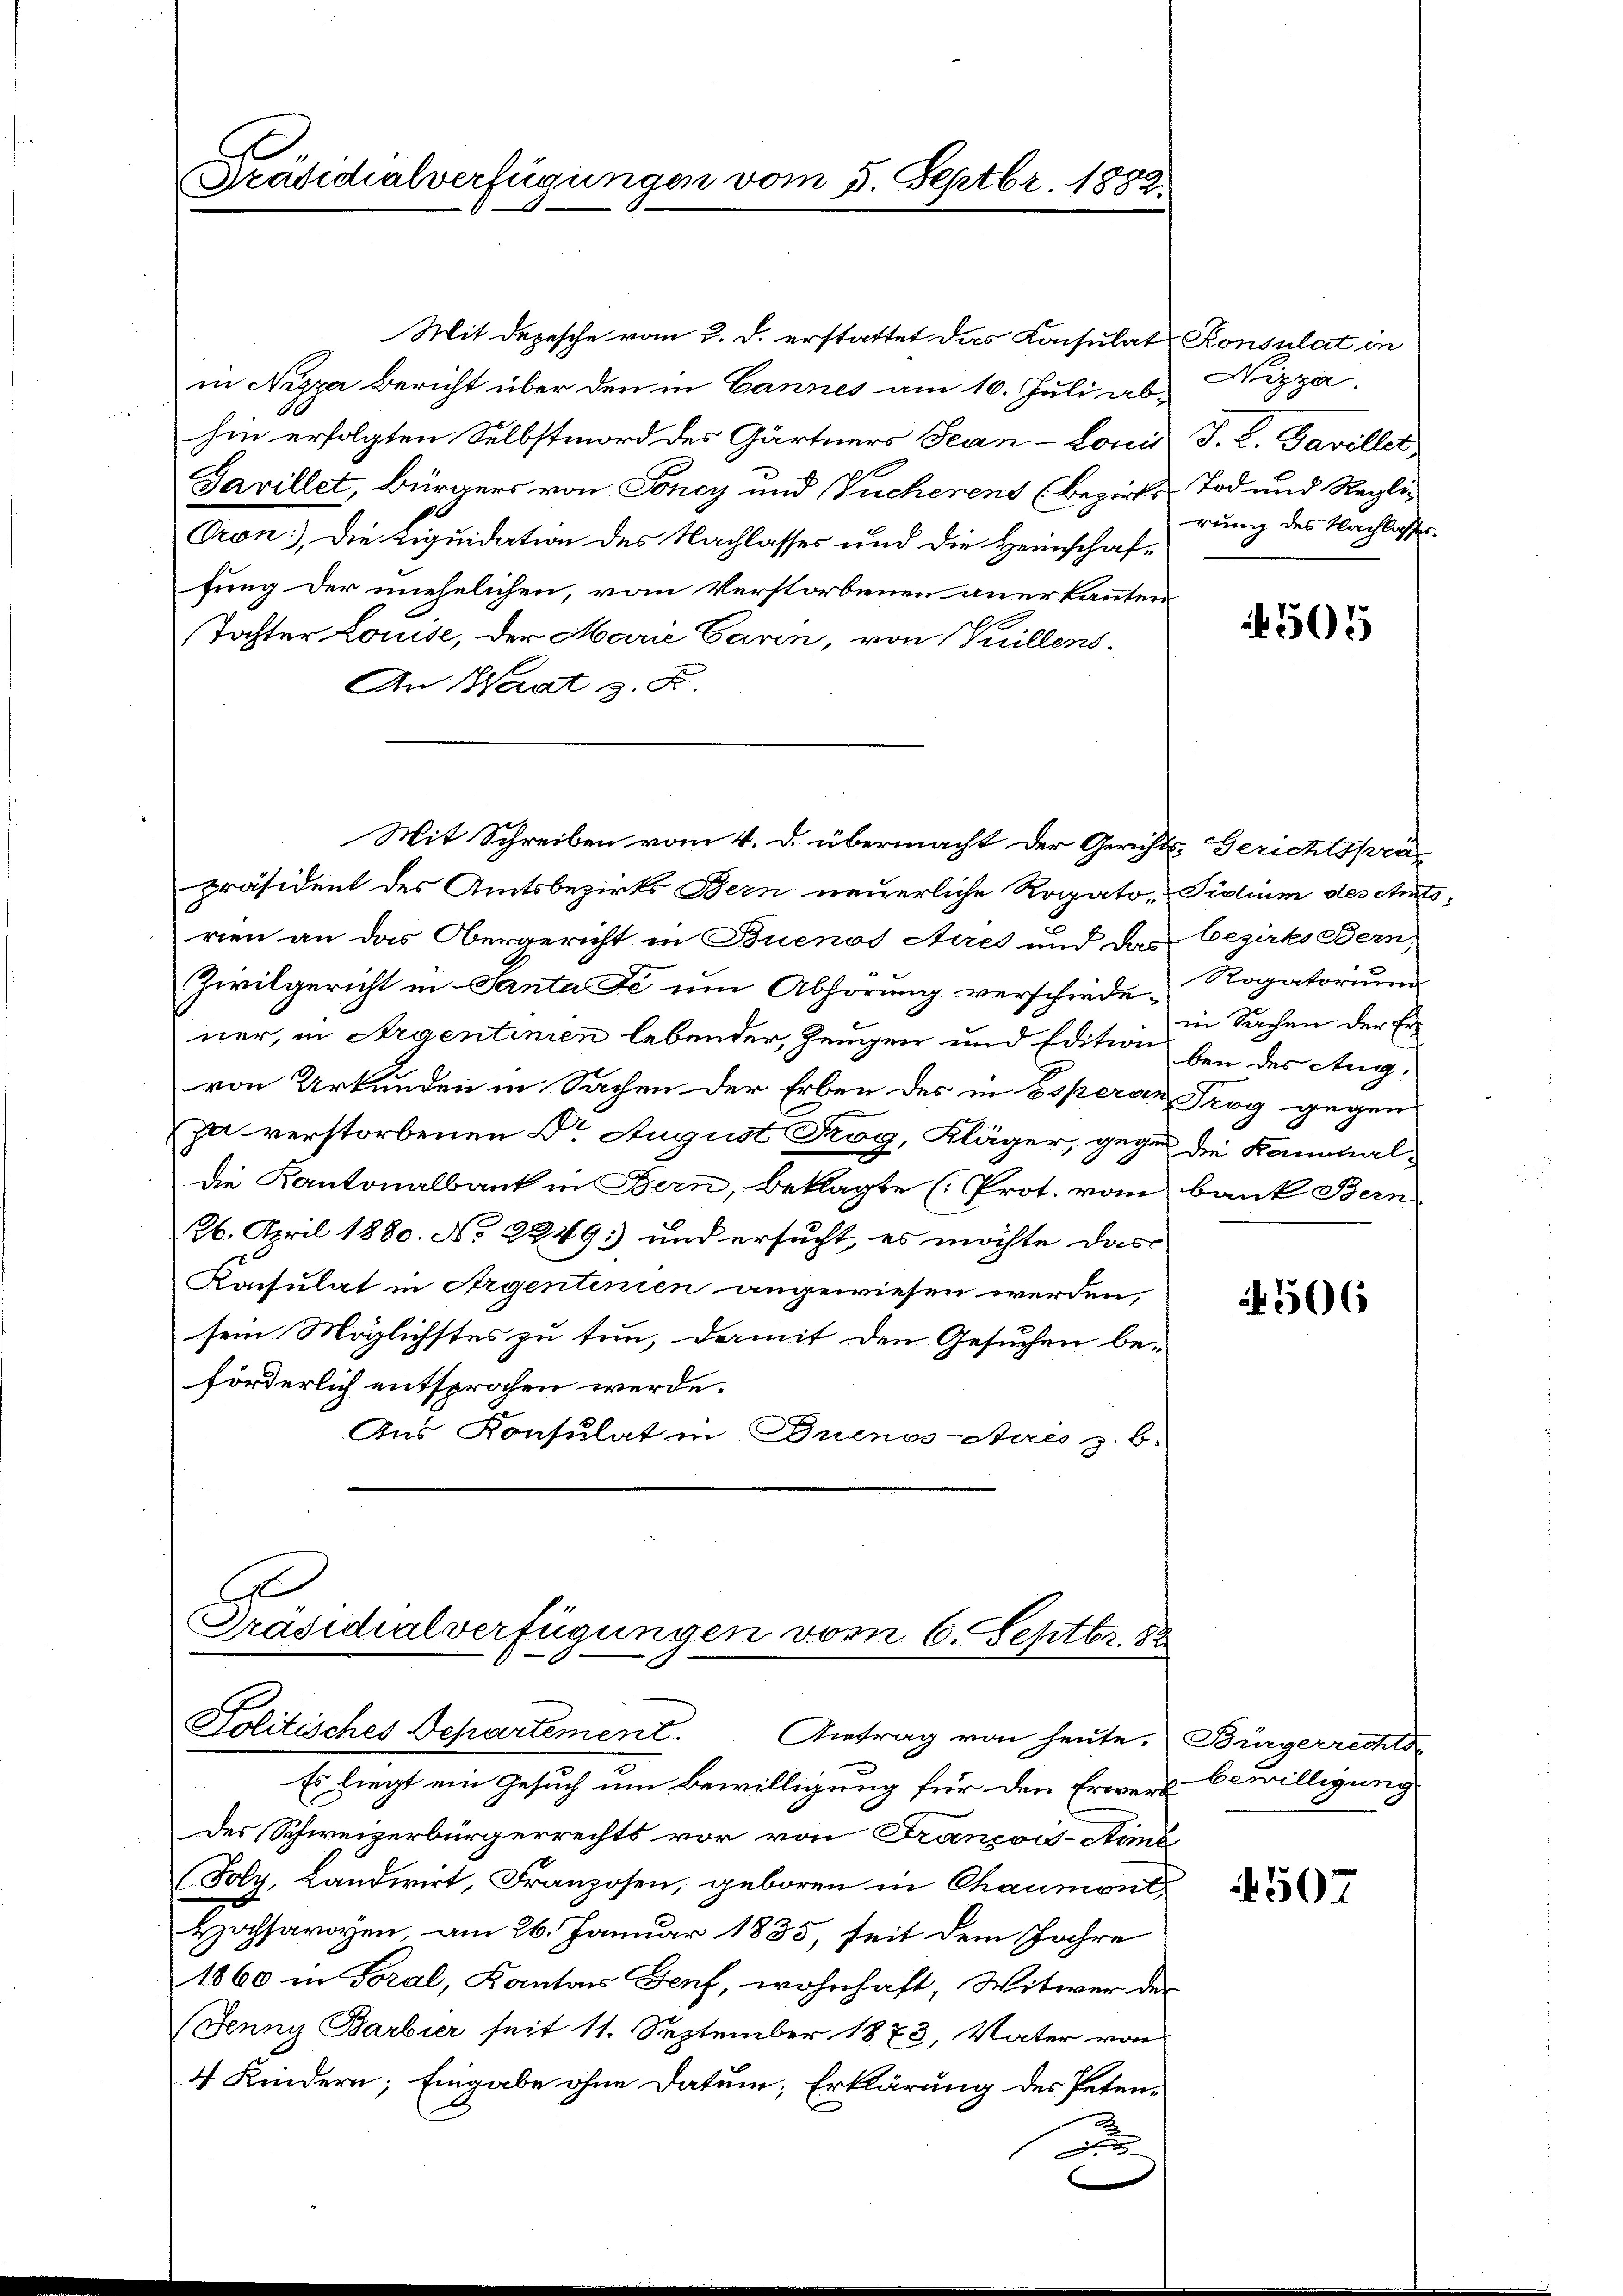
Präsidialverfügungen vom 5. Septbr. 1882

Mit Depesche vom 2. d. erstattet das Konsulat Konsulat in
in Nizza Bericht über den in Cannes am 10. Juli ab-
hin erfolgten Selbstmord des Gärtners Jean - Louis
Savillet, Bürgers von Soncy und Pucherens (bezirks
Oron), Die Liquidation des Nachlasses und die Heimschaf-
fung der unehelichen, vom Verstorbenen anerkannten
e
Tochter Louise, der Marie Garin, von Juillens
An Saat z. B.
Mit Schreiben vom 4. d. übermacht der Gerichts- Gerichtsprapräsident des Amtsbezirks Bern neuerliche Rogato, Silium des Amtsrien an das Obergericht in Buenos Aires und das
Zivilgericht in Ganta Fe ŭm Abhörung verschiede Rogatorium
ner, in Argentinien lebender, Zeugen und Edition
von Urkunden in Sachen der Erben des in Esperon Trog gegen
ja verstorbenen Dr. August Rog, Kläger, gegen die Kaminal¬
Die Kantonalbank in Bern, beklagte (Prot. vom bank Bern
26. April 1880. No 2249) und ersucht, es möchte das
Konsulat in Argentinien angewiesen werden,
sein Möglichstes zu tun, damit den Gesuchen be-
förderlich entsprochen werde.
Ans Konsulat in Guenos-Aues z. b.
A
Präsidialverfügungen vom 6. Septbr. 82
Politisches Departement. Antrag von heute.
Es liegt ein Gesuch um Bewilligung für den Erwerb bewilligung
Des Schweizerbürgerrechts vor von François-Aimb
(Foly, Landwirt, Franzosen, geboren in Chaumont,
Hochsavoyen am 26. Januar 1835, seit dem Jahre
1860 in Toral, Kantons Genf, wohnhaft, Witwer der
Jenny Barbier seit 11. September 1873, Vater von
4 Kindern; Eingabe ohne Datum, Erklärung des Peten¬
u

Nizza.
J. L. Pavillet
Tod und Regli
rung des Nachlasses.

505

506

Bürgerrechts

4507

bezirks Bern,
in Sachen der Er
ben des Aug.